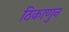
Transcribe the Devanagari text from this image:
ठिकाणुन